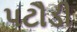
પટૌડી